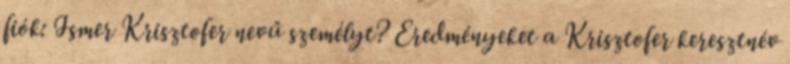
fiók: Ismer Krisztofer nevű személyt? Eredményeket a Krisztofer keresztnév